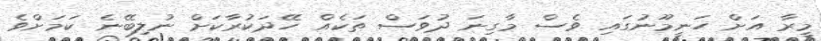
މީރާ އަށް ހަނީމޫނުގައި ވެސް މާގިނަ ދުވަސް ތަކެއް ހޭދަކުރާކަށް ނުލިބޭނެ ކަމަށްވެ